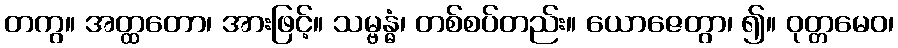
တကွ။ အတ္ထတော၊ အားဖြင့်။ သမ္ဗန္ဓံ၊ တစ်စပ်တည်း။ ယောဇေတွာ၊ ၍။ ဝုတ္တမေဝ၊